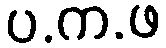
ပ.က.ဖ